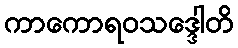
ကာကောရဝသဒ္ဒေါတိ